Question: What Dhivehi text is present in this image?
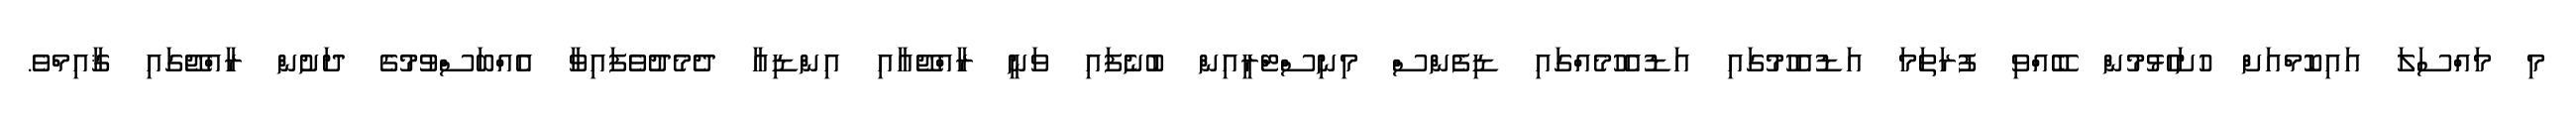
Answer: މި މައްސަލަ އައިކޮމްއަށް ހުށަހެޅުމުން ބޭއްވި ފުރަތަމަ އަޑުއެހުމުގައި އަޑުއެހުމެއްގައި ޑިފެންސް މިނިސްޓްރީއިން ބުނެފައި ވަނީ ރާއްޖޭއާއި އިންޑިއާ ދެމެދުވެފައިވާ އެއްބަސްވުމުގެ ދަށުން ރާއްޖޭގައި ޤާއިމްވެ.